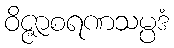
ဝိဇ္ဇာစရဏသမ္ပဒံ